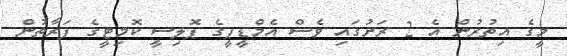
މީގެ އިތުރުން އެ 2 ރަށުގައި ވެސް އެމްޑީޕީގެ ޕޮލިސީ ކޮމިޓީގެ ފަރާތުން